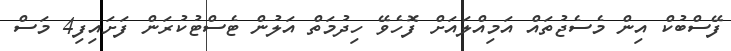
ފޭސްބުކް އިން މެސެޖުތައް އަމިއްލައަށް ފޮހެވޭ ހިދުމަތް އަލުން ޓެސްޓުކުރަން ފަށައިފި4 މަސް